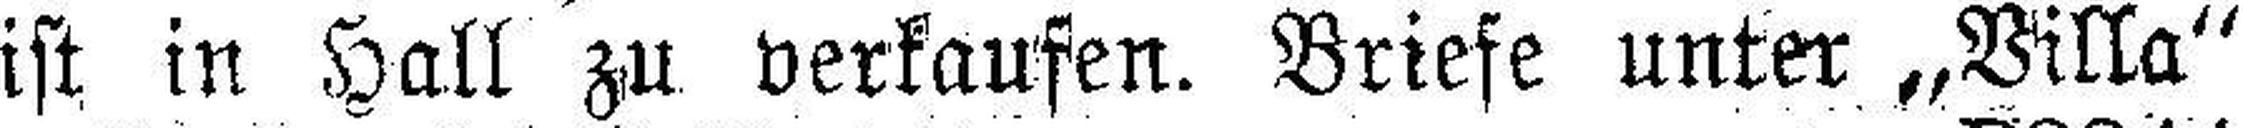
ist in Hall zu verkaufen. Briefe unter „Villa“